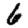
Digit: 6